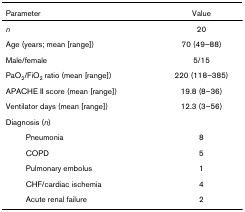
<table><thead><tr><td><b>Parameter</b></td><td><b>Value</b></td></tr></thead><tbody><tr><td><i>n</i></td><td>20</td></tr><tr><td>Age (years; mean [range])</td><td>70 (49–88)</td></tr><tr><td>Male/female</td><td>5/15</td></tr><tr><td>PaO<sub>2</sub>/FiO<sub>2 </sub>ratio (mean [range])</td><td>220 (118–385)</td></tr><tr><td>APACHE II score (mean [range])</td><td>19.8 (8–36)</td></tr><tr><td>Ventilator days (mean [range])</td><td>12.3 (3–56)</td></tr><tr><td>Diagnosis (<i>n</i>)</td><td>[EMPTY_CELL]</td></tr><tr><td>Pneumonia</td><td>8</td></tr><tr><td>COPD</td><td>5</td></tr><tr><td>Pulmonary embolus</td><td>1</td></tr><tr><td>CHF/cardiac ischemia</td><td>4</td></tr><tr><td>Acute renal failure</td><td>2</td></tr></tbody></table>